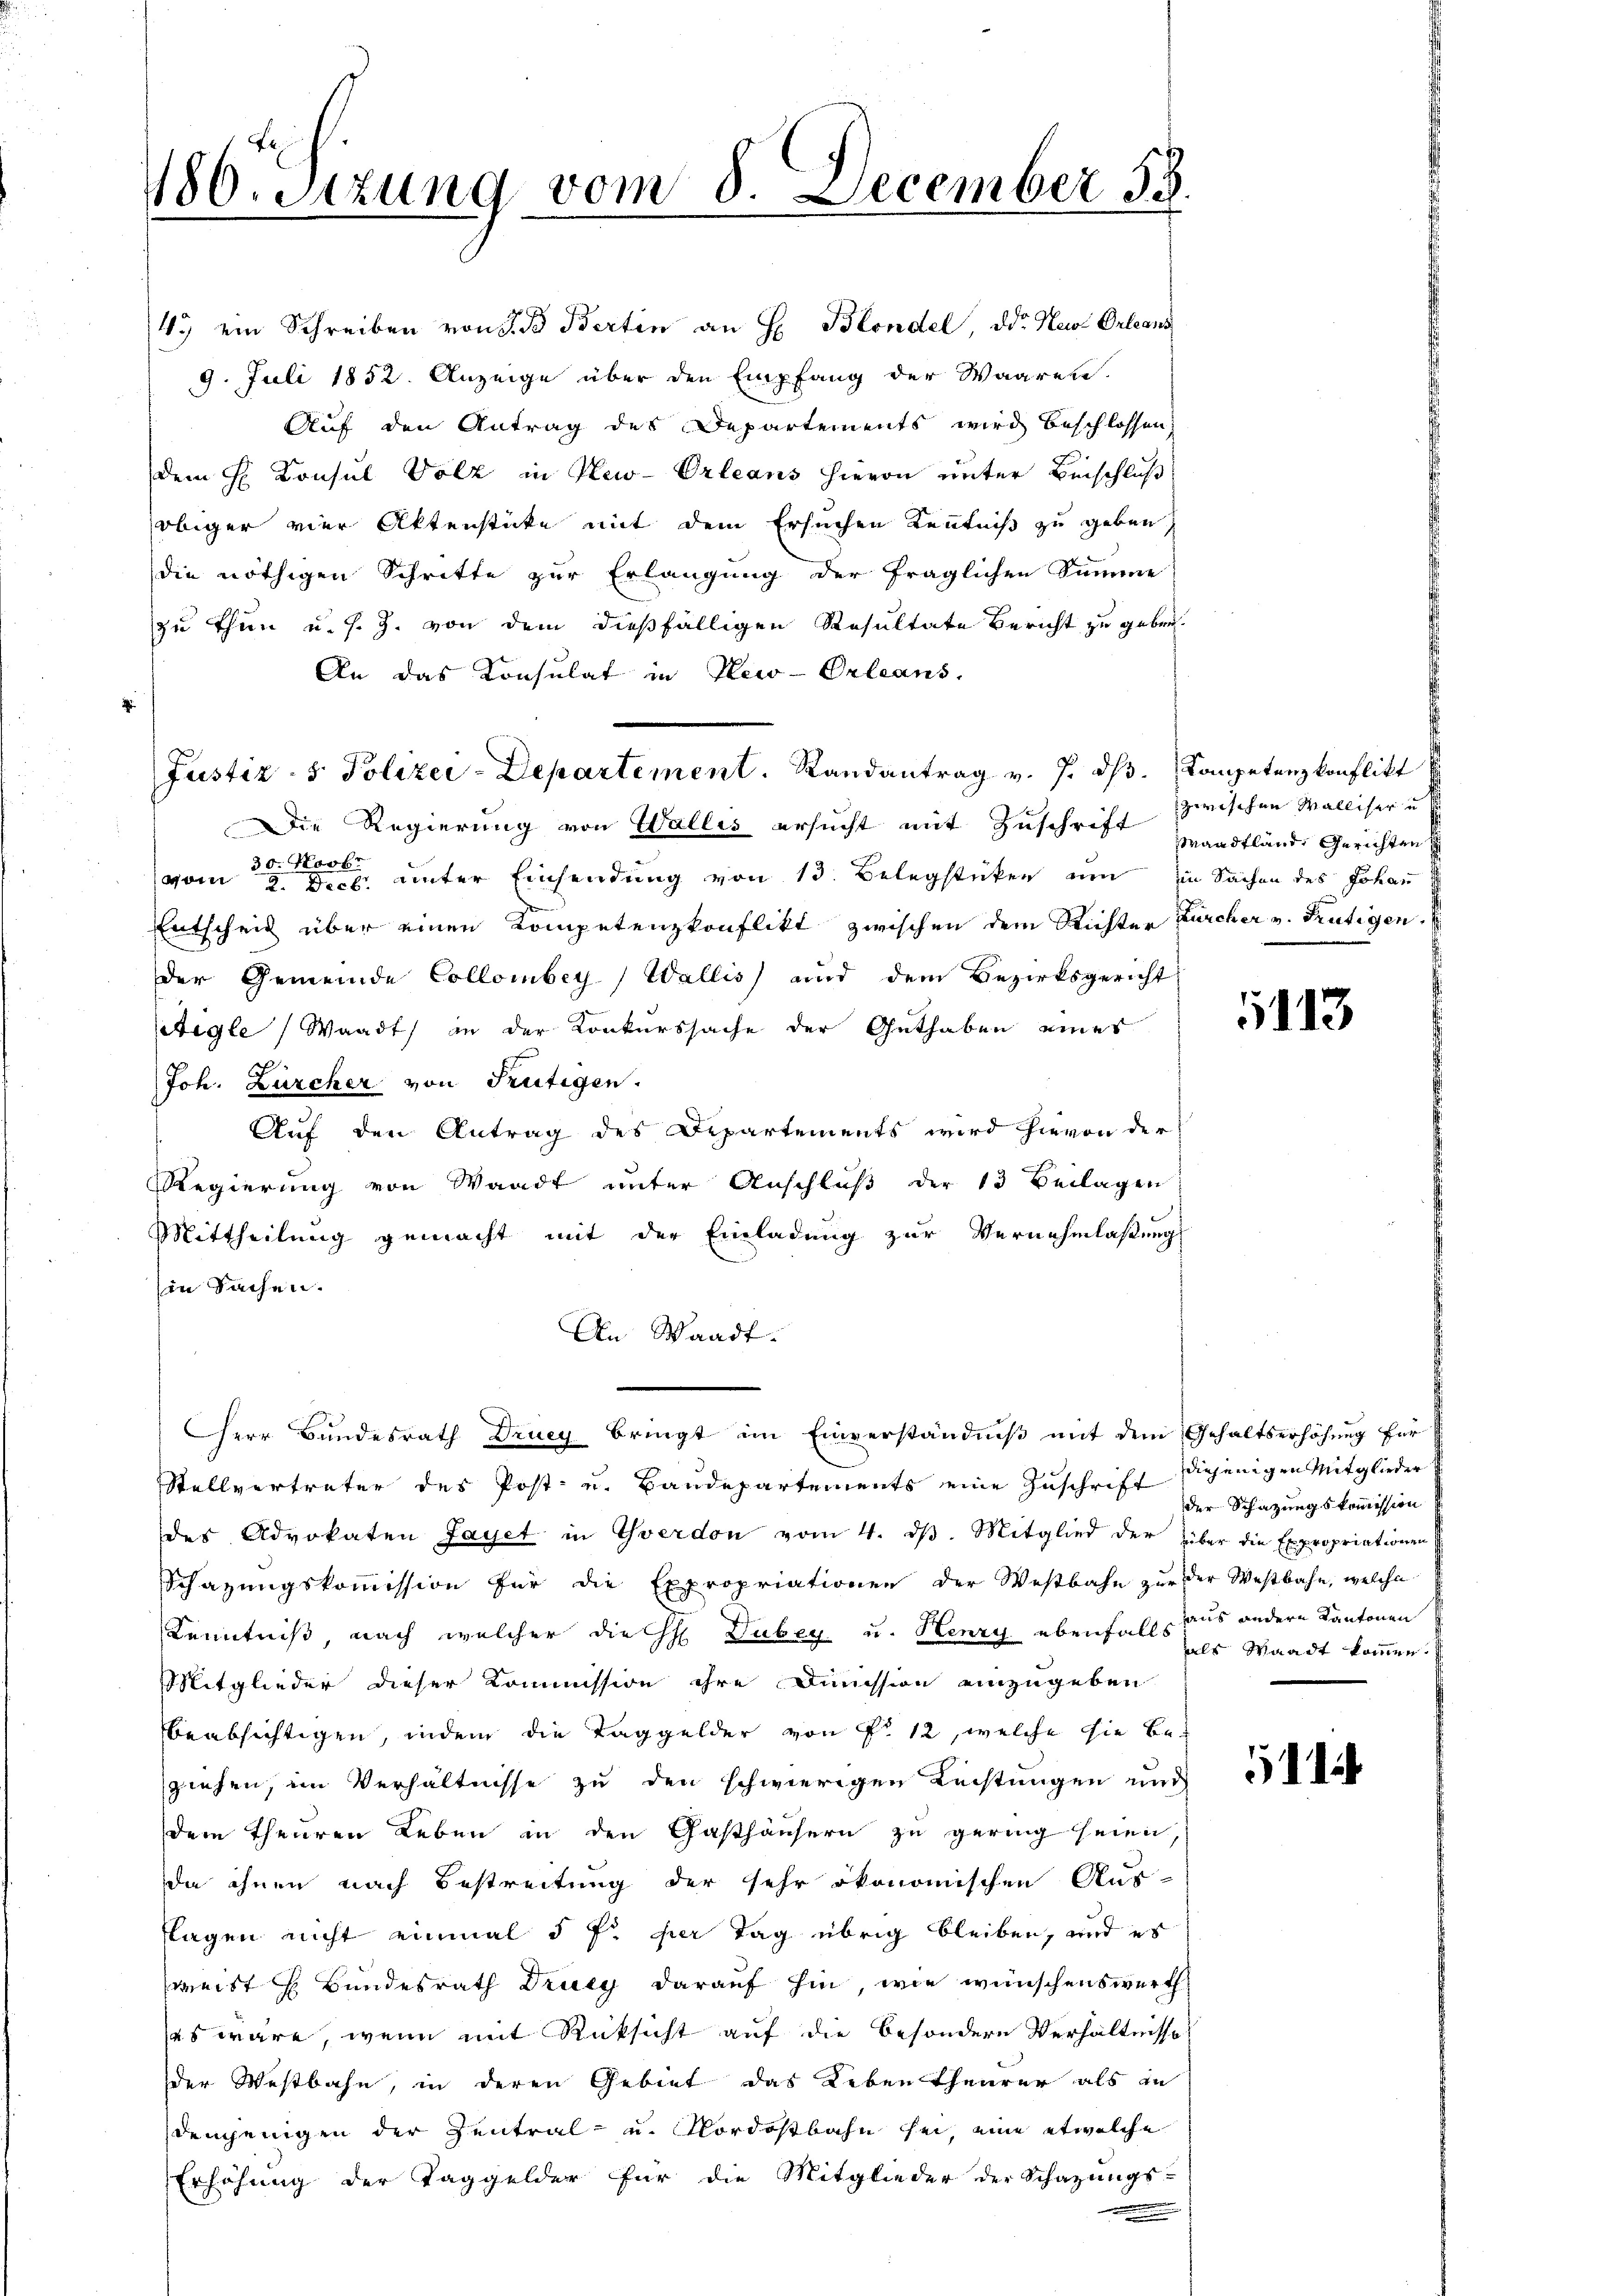
1180. Setzung vom 8. December 18

4.) ein Schreiben von d. d Bertin an H. Blondel, Dr. Heu Orleans
9. Juli 1852. Anzeige über den Empfang der Waaren.
Auf den Antrag des Departements wird beschlossen,
dem H. Konsul Volz in Plew-Orleans hievon unter Beischluß
obiger vier Aktenstücke mit dem Ersuchen Kenntniß zu geben,
die nöthigen Schritte zur Erlangung der fraglichen Summe
zu thun u. s. Z. von dem dießfälligen Resultate Bericht zu geben.
An das Konsulat in New-Orleans
Justiz- & Polizei-Departement. Randantrag v. 7. dβ. Competenzkonflikt
Die Regierung von Wallis ersucht mit Zuschrift zwischen Walliser u
30. Novbr
vom 2. Dec. unter Einsendung von 13. Belegstücken um in Sachen des Johan
Entscheid über einen Kompetenzkonflikt zwischen dem Richter Zürcher v. Frutigen.
der Gemeinde Collombey Wallis) und dem Bezirksgericht
tigle (Waadt in der Konkurssache der Guthaben eines
Joh. Zürcher von Frutigen.
Auf den Antrag des Departements wird hievon der
Regierung von Waadt unter Anschluß der 13 Beilagen
Mittheilung gemacht mit der Einladung zur Vernehmlassung
in Sachen.
An Waadt.
Herr Bundesrath Drucy bringt im Einverständniß mit dem Gehaltserhöhung für
Stellvertreter des Post- u. Baudepartements eine Zuschrift diejenigen Mitglieder
des Advokaten Jaget in Yverdon vom 4. dβ. Mitglied der über die Expropriationen
Schazungskommission für die Expropriationen der Westbahn zŭr der Westbahn, welche
Kenntniß, nach welcher die H. Dubey u. Henry ebenfalls aus andern Kantonen
Mitglieder dieser Kommission ihre Dimission einzugeben
beabsichtigen, indem die Taggelder von Fr. 12, welche sie be-
ziehen, im Verhältnisse zu den schwierigen Leistungen und
dem Theuren Leben in den Gasthäusern zu gering seien,
da ihnen nach Bestreitung der sehr ökonomischen Aus-
flagen nicht einmal 5 f: her Tag übrig bleiben, und es
weist H Bundesrath Druey darauf hin, wie wünschenswerth
ses wäre, wenn mit Rücksicht auf die besondere Verhältnisse
der Westbahn, in deren Gebiet das Leben theurer als in
demjenigen der Zentral- u. Nordostbahn sei, eine etwelche
Erhöhung der Taggelder für die Mitglieder der Schazungs-

Maadtlände Gerichten

113

der Schatzungskommission
als Waadt kommen.

.